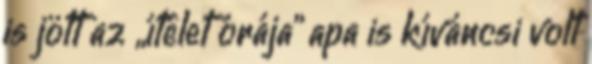
is jött az „ítélet órája” apa is kíváncsi volt